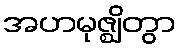
အဟမုဇ္ဈိတွာ